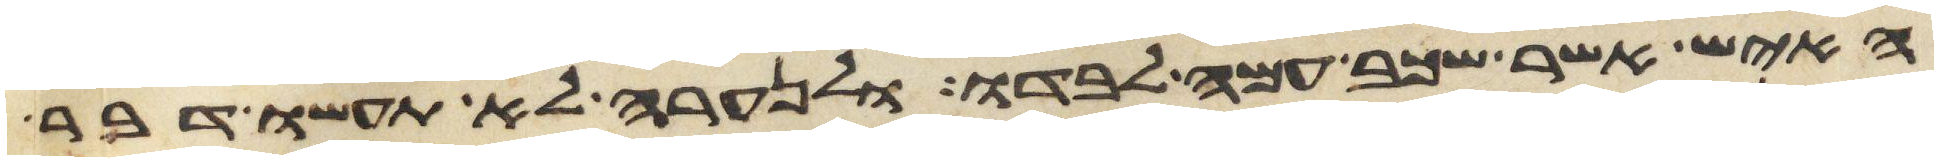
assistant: האיש אשר שכב עמה לבדו ולנערה לא תעשו דבר